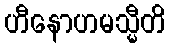
ဟီနောဟမသ္မီတိ